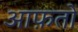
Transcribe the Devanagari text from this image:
आफ़तों